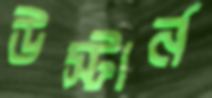
উস্টার্ন